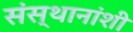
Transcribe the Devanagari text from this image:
संस्थानांशी